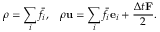
\rho = \sum _ { i } { { { \bar { f } } _ { i } } , } ~ ~ ~ \mathrm { { } } \rho { \bf { u } } = \sum _ { i } { { { \bar { f } } _ { i } } } { { \bf { e } } _ { i } } + \frac { { \Delta t { \bf { F } } } } { 2 } .